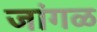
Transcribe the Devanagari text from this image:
जांगळ